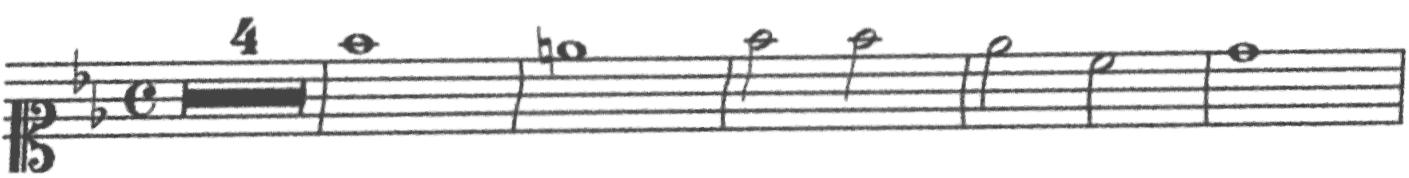
Transcription: clef-C1 keySignature-BbM timeSignature-C multirest-4 barline note-F5_whole barline note-E5_whole barline note-F5_half note-F5_half barline note-Eb5_half note-C5_half barline note-D5_whole barline